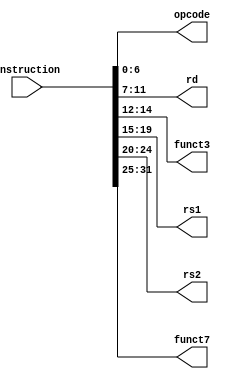
module instruction_parser
(
        input [31:0] instruction,
        output reg [6:0] opcode,
        output reg [4:0] rd,
        output reg [2:0] funct3,
        output reg [4:0] rs1,
        output reg [4:0] rs2,
        output reg [6:0] funct7
);
always@(*)
begin
        opcode = instruction[6:0];
        rd = instruction[11:7];
	      funct3 = instruction[14:12];
	      rs1 = instruction[19:15];
	      rs2 = instruction[24:20];
	      funct7 = instruction[31:25];
end
endmodule